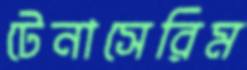
টেনাসেরিম